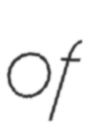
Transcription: of